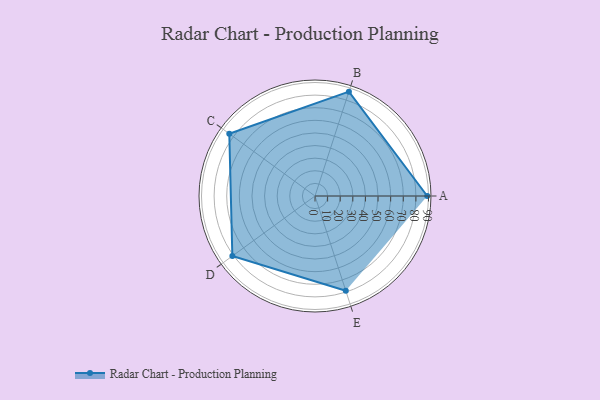
{"axis": {"x": "Skill", "y": "Score"}, "legend": ["Profile"], "data": [{"x": "A", "y": 89.0, "type": "Profile"}, {"x": "B", "y": 87.0, "type": "Profile"}, {"x": "C", "y": 84.0, "type": "Profile"}, {"x": "D", "y": 81.0, "type": "Profile"}, {"x": "E", "y": 79.0, "type": "Profile"}]}